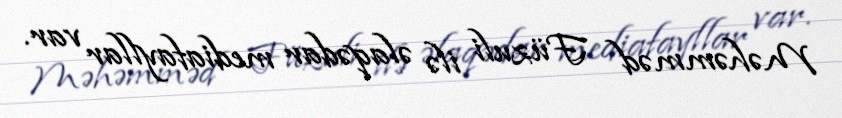
Məhəmməd Füzuli ilə əlaqədar mediafayllar var.